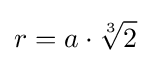
r=a\cdot {\sqrt[{3}]{2}}